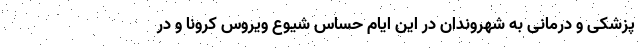
پزشکی و درمانی به شهروندان در این ایام حساس شیوع ویروس کرونا و در